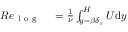
\begin{array} { r l } { R e _ { \mathrm { ~ l ~ o ~ g ~ } } } & { { } = \frac { 1 } { \nu } \int _ { y = { \beta } \delta _ { \tau } } ^ { H } U \mathrm { d } y } \end{array}